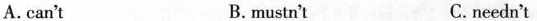
A.can't B. mustn't C.needn't